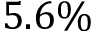
5 . 6 \%